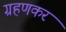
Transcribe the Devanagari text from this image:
ग्रहणकर